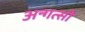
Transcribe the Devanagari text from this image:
अन्गत्सी